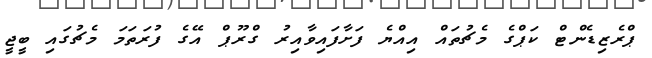
ޕްރެޒިޑެންޓް ކަޕްގެ މެޗުތައް އިއްޔެ ފަށާފައިވާއިރު ގްރޫޕް އޭގެ ފުރަތަމަ މެޗުގައި ބީޖީ